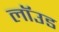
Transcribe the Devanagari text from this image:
लॉउड